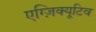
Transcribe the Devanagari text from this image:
एग्ज़िक्यूटिव